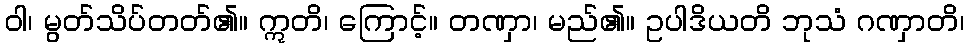
ဝါ၊ မွတ်သိပ်တတ်၏။ ဣတိ၊ ကြောင့်။ တဏှာ၊ မည်၏။ ဥပါဒိယတိ ဘုသံ ဂဏှာတိ၊